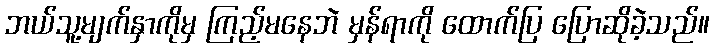
ဘယ်သူ့မျက်နှာကိုမှ ကြည့်မနေဘဲ မှန်ရာကို ထောက်ပြ ပြောဆိုခဲ့သည်။